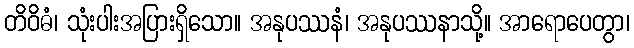
တိဝိဓံ၊ သုံးပါးအပြားရှိသော။ အနုပဿနံ၊ အနုပဿနာသို့။ အာရောပေတွာ၊